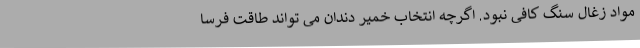
مواد زغال سنگ کافی نبود. اگرچه انتخاب خمیر دندان می تواند طاقت فرسا